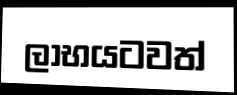
ලාභයටවත්